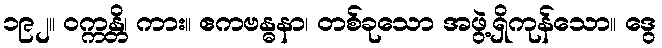
၁၉၂။ ဝက္ကန္တိ၊ ကား။ ဧကဗန္ဓနာ၊ တစ်ခုသော အဖွဲ့ရှိကုန်သော။ ဒွေ